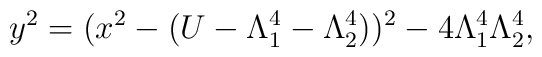
y^2=(x^2-(U-\Lambda_1^4-\Lambda_2^4))^2-4\Lambda_1^4\Lambda_2^4,